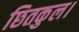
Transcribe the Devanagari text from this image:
छितकुल।